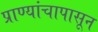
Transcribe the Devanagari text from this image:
प्राण्यांचापासून